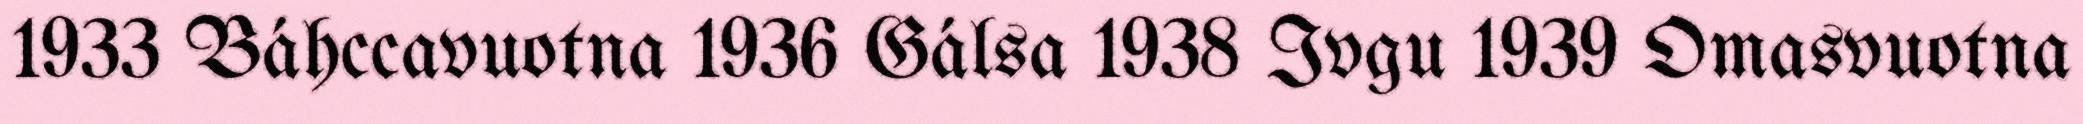
1933 Báhccavuotna 1936 Gálsa 1938 Ivgu 1939 Omasvuotna